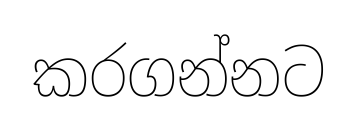
කරගන්නට